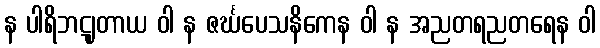
န ပါရိဘဋျတာယ ဝါ န ဇင်္ဃပေသနိကေန ဝါ န အညတရညတရေန ဝါ